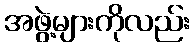
အဖွဲ့များကိုလည်း